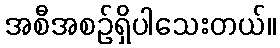
အစီအစဉ်ရှိပါသေးတယ်။